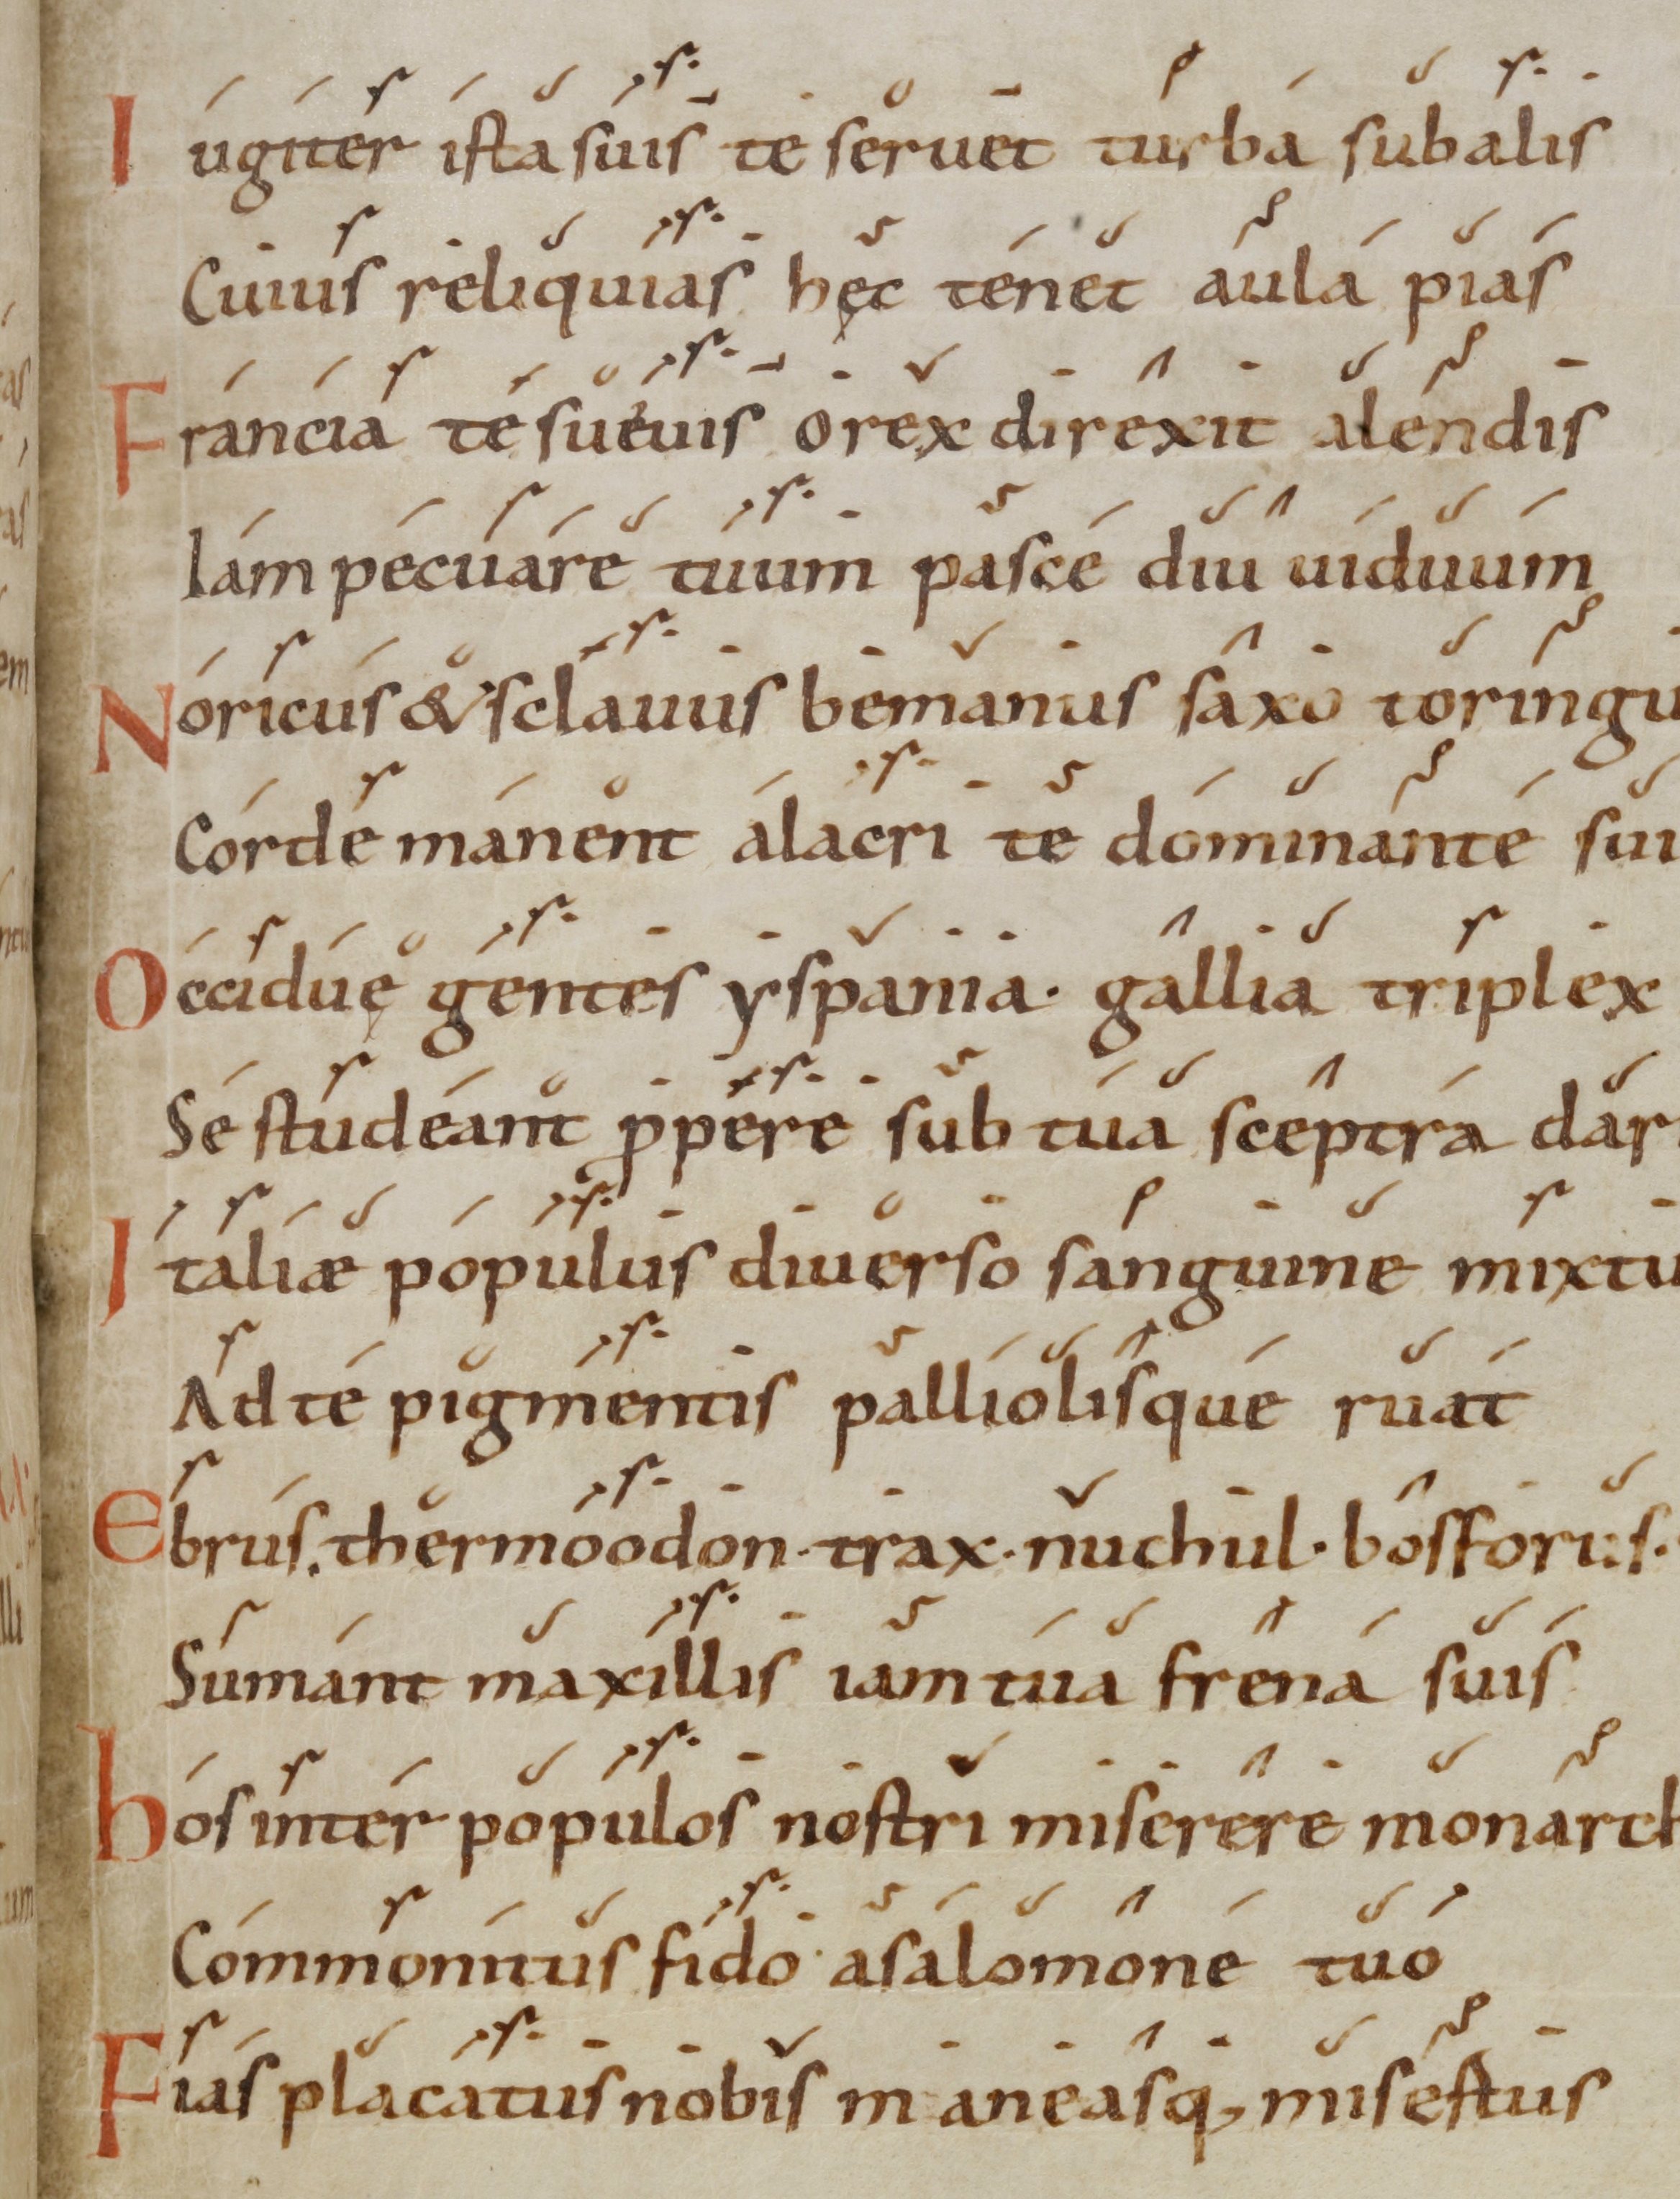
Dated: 1000–1099